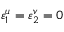
\varepsilon _ { 1 } ^ { u } = \varepsilon _ { 2 } ^ { v } = 0